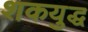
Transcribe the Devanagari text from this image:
शकयुद्ध